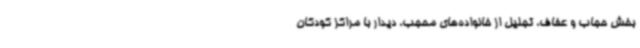
بخش حجاب و عفاف، تجلیل از خانواده‌های محجب، دیدار با مراکز کودکان